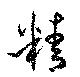
精